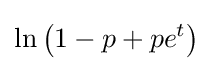
\ln \left(1-p+pe^{t}\right)